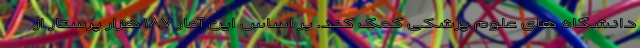
دانشگاه های علوم پزشکی کمک کند. بر اساس این آمار ۱۸۷ هزار پرستار از